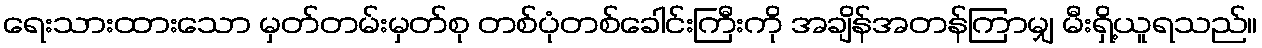
ရေးသားထားသော မှတ်တမ်းမှတ်စု တစ်ပုံတစ်ခေါင်းကြီးကို အချိန်အတန်ကြာမျှ မီးရှိ့ယူရသည်။